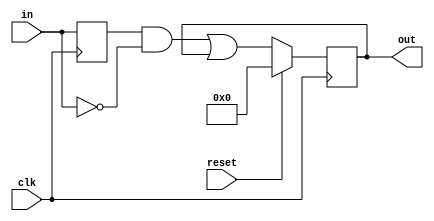
module top_module (
    input           clk,
    input           reset,
    input   [31:0]  in,
    output  [31:0]  out
);

    reg     [31:0]  edge_r;
    always @(posedge clk) begin
        edge_r <= in;
    end

    wire    [31:0]  falling;
    assign falling = edge_r & ~in;

    reg     [31:0]  q_r;
    always @(posedge clk) begin
        if (reset)
            q_r <= '0;
        else
            q_r <= falling | q_r;
    end

    assign out = q_r;

endmodule